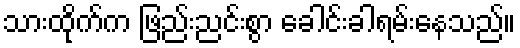
သားထိုက်က ဖြည်းညင်းစွာ ခေါင်းခါရမ်းနေသည်။